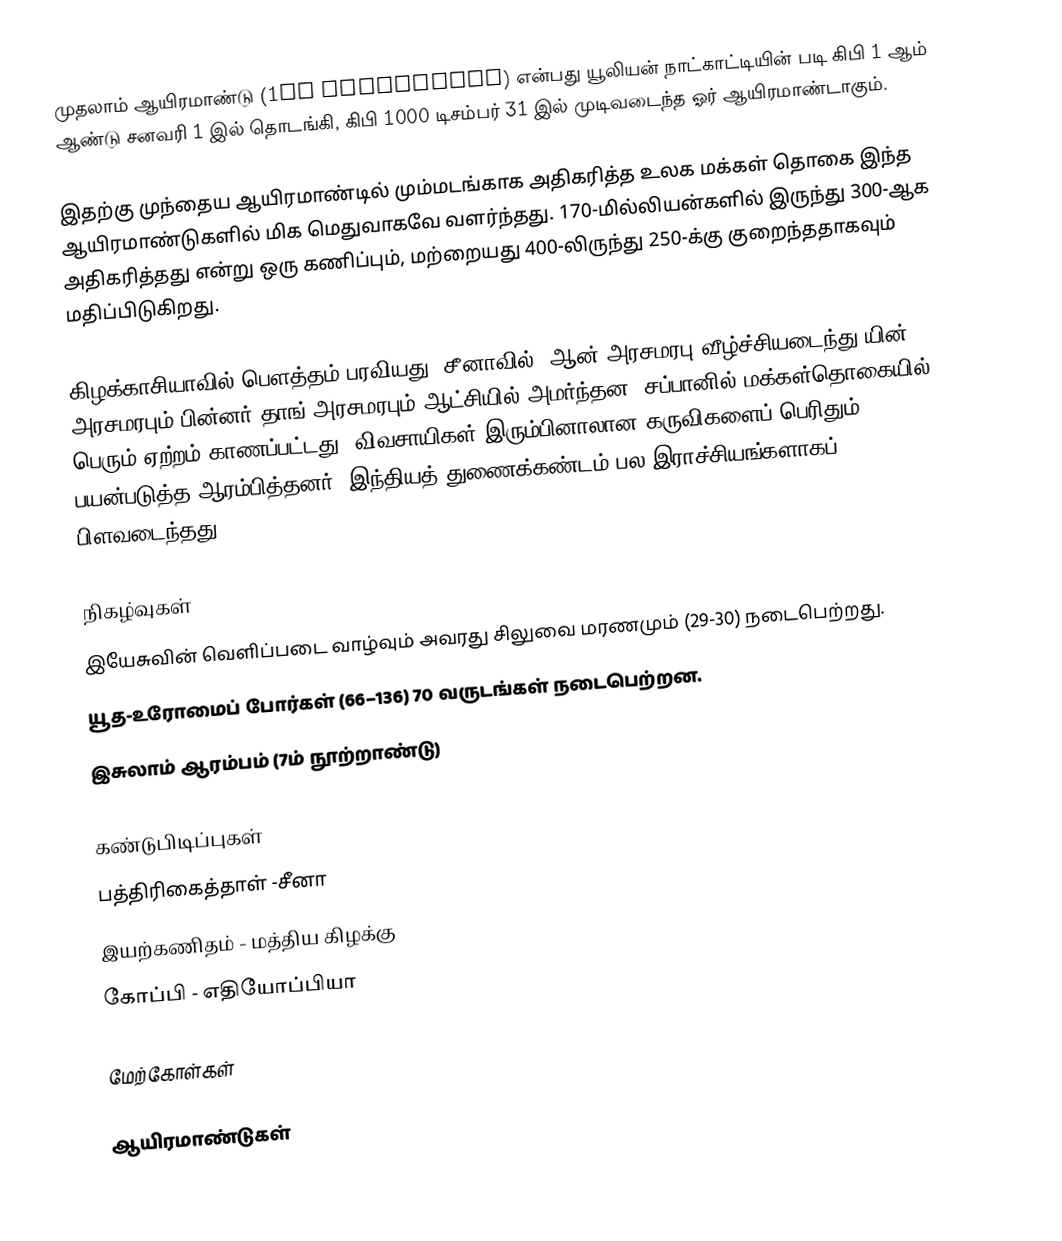
முதலாம் ஆயிரமாண்டு (1st millennium) என்பது யூலியன் நாட்காட்டியின் படி கிபி 1 ஆம் ஆண்டு சனவரி 1 இல் தொடங்கி, கிபி 1000 டிசம்பர் 31 இல் முடிவடைந்த ஓர் ஆயிரமாண்டாகும்.

இதற்கு முந்தைய ஆயிரமாண்டில் மும்மடங்காக அதிகரித்த உலக மக்கள் தொகை இந்த ஆயிரமாண்டுகளில்  மிக மெதுவாகவே வளர்ந்தது. 170-மில்லியன்களில் இருந்து 300-ஆக அதிகரித்தது என்று ஒரு கணிப்பும், மற்றையது 400-லிருந்து 250-க்கு குறைந்ததாகவும் மதிப்பிடுகிறது.

கிழக்காசியாவில் பௌத்தம் பரவியது. சீனாவில், ஆன் அரசமரபு வீழ்ச்சியடைந்து யின் அரசமரபும் பின்னர் தாங் அரசமரபும் ஆட்சியில் அமர்ந்தன. சப்பானில் மக்கள்தொகையில் பெரும் ஏற்றம் காணப்பட்டது. விவசாயிகள் இரும்பினாலான கருவிகளைப் பெரிதும் பயன்படுத்த ஆரம்பித்தனர். இந்தியத் துணைக்கண்டம் பல இராச்சியங்களாகப் பிளவடைந்தது.

நிகழ்வுகள்
 இயேசுவின் வெளிப்படை வாழ்வும் அவரது சிலுவை மரணமும் (29-30) நடைபெற்றது.
 யூத-உரோமைப் போர்கள் (66–136) 70 வருடங்கள் நடைபெற்றன.
 இசுலாம் ஆரம்பம் (7ம் நூற்றாண்டு)

கண்டுபிடிப்புகள்
 பத்திரிகைத்தாள் -சீனா
 இயற்கணிதம் - மத்திய கிழக்கு
 கோப்பி - எதியோப்பியா

மேற்கோள்கள்

ஆயிரமாண்டுகள்